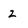
Character: z